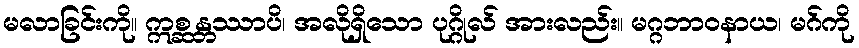
မလာခြင်းကို။ ဣစ္ဆန္တဿာပိ၊ အလိုရှိသော ပုဂ္ဂိုလ် အားလည်း။ မဂ္ဂဘာဝနာယ၊ မဂ်ကို